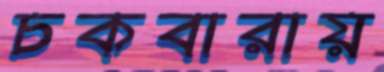
চকবারায়